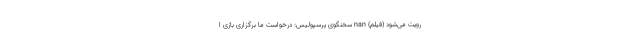
رویت می‌شود (فیلم) nan سخنگوی پرسپولیس: درخواست ما برگزاری بازی ا